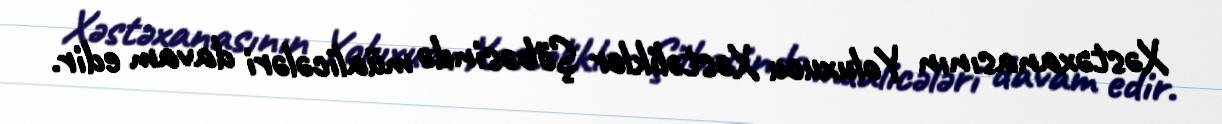
Xəstəxanasının Yoluxucu Xəstəliklər Şöbəsində müalicələri davam edir.